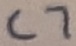
Text: C7